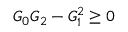
G _ { 0 } G _ { 2 } - G _ { 1 } ^ { 2 } \geq 0